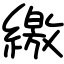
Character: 繳